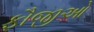
ફૌજીઓ